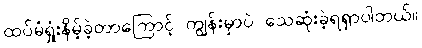
ထပ်မံရှုံးနိမ့်ခဲ့တာကြောင့် ကျွန်းမှာပဲ သေဆုံးခဲ့ရရှာပါတယ်။